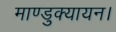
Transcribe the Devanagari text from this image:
माण्डुक्यायन।